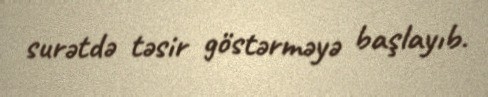
surətdə təsir göstərməyə başlayıb.